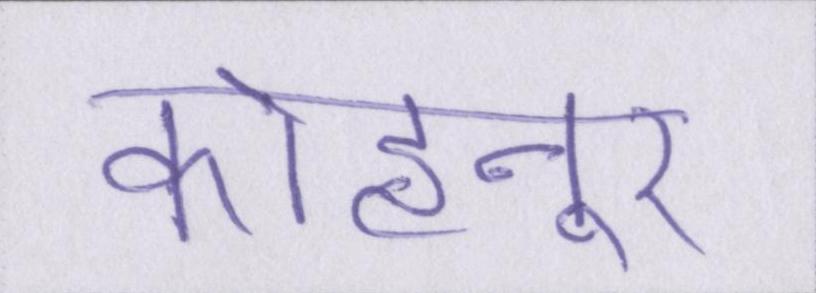
कोहनूर